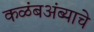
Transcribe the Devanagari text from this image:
कळंबअंब्याचे